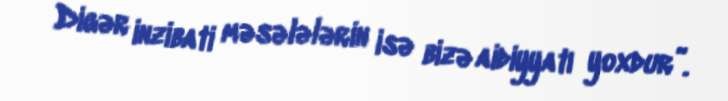
Digər inzibati məsələlərin isə bizə aidiyyatı yoxdur”.